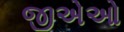
જીએઓ